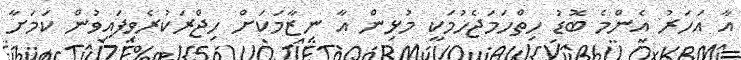
އާ އަހަރު އެންމެ ބޮޑު ހިތްހަމަޖެހުމަކީ މުޅިން އާ ނިޒާމަކަށް ހިޖްރަކުރެވިފައިވުން ކަމަށާ